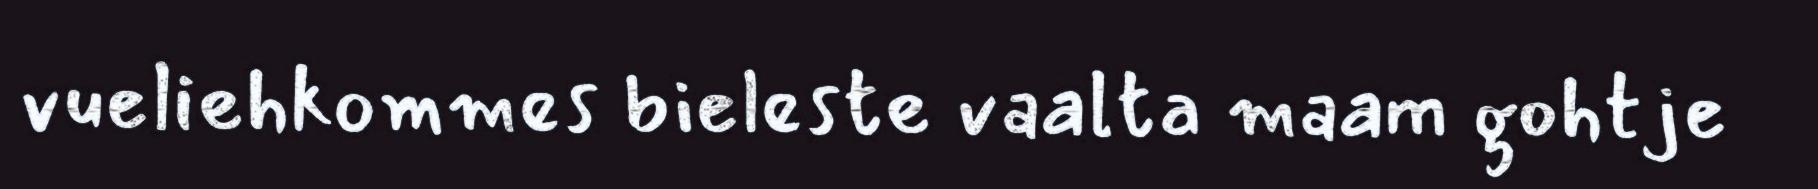
vueliehkommes bieleste vaalta maam gohtje